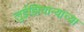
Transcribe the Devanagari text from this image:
लुईझियान्याच्या